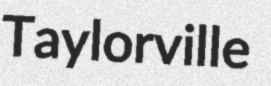
Taylorville